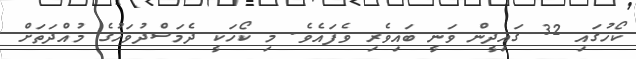
ކޯހުގައި 32 ގައިދީން ވަނީ ބައިވެރި ވެފައެވެ. މި ކޯހަކީ ދެމަސްދުވަހުގެ މުއްދަތަށް